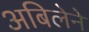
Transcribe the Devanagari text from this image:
अबिलेने